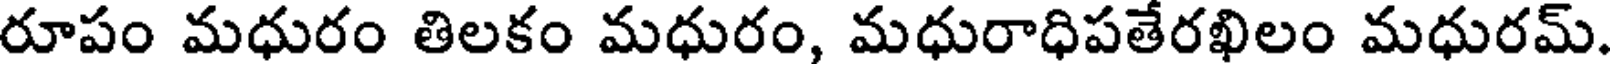
రూపం మధురం తిలకం మధురం, మధురాధిపతేరఖిలం మధురమ్.